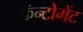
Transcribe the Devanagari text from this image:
कॅन्टोमेंट